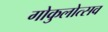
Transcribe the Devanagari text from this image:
गोकुलोत्सव